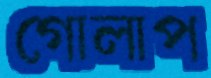
গোলাপ